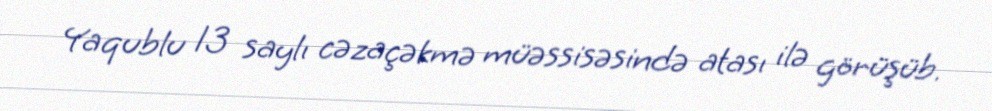
Yaqublu 13 saylı cəzaçəkmə müəssisəsində atası ilə görüşüb.